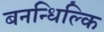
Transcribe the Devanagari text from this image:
बनन्धिल्कि